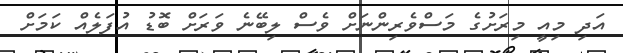
އަދި މިއީ މިރަށުގެ މަސްވެރިންނަށް ވެސް ލިބޭނެ ވަރަށް ބޮޑު އުފަލެއް ކަމަށް